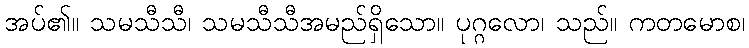
အပ်၏။ သမသီသီ၊ သမသီသီအမည်ရှိသော။ ပုဂ္ဂလော၊ သည်။ ကတမောစ၊